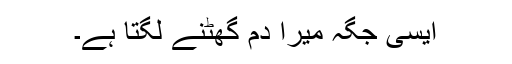
ایسی جگہ میرا دم گھٹنے لگتا ہے۔